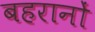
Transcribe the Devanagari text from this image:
बहरानों